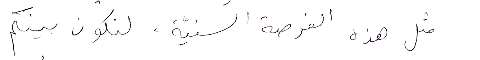
مثل هذه القرصة السنيَة، لنكون بينكم